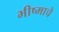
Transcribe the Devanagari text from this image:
भीष्माचे